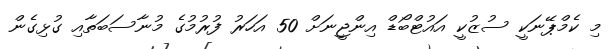
މި ކެމްޕޭނަކީ ސުޒުކީ އައުޓްބޯޑް އިންޖީނަށް 50 އަހަރު ފުރުމުގެ މުނާސަބަތާއި ގުޅިގެން